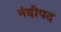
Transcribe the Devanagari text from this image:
नंदीपद